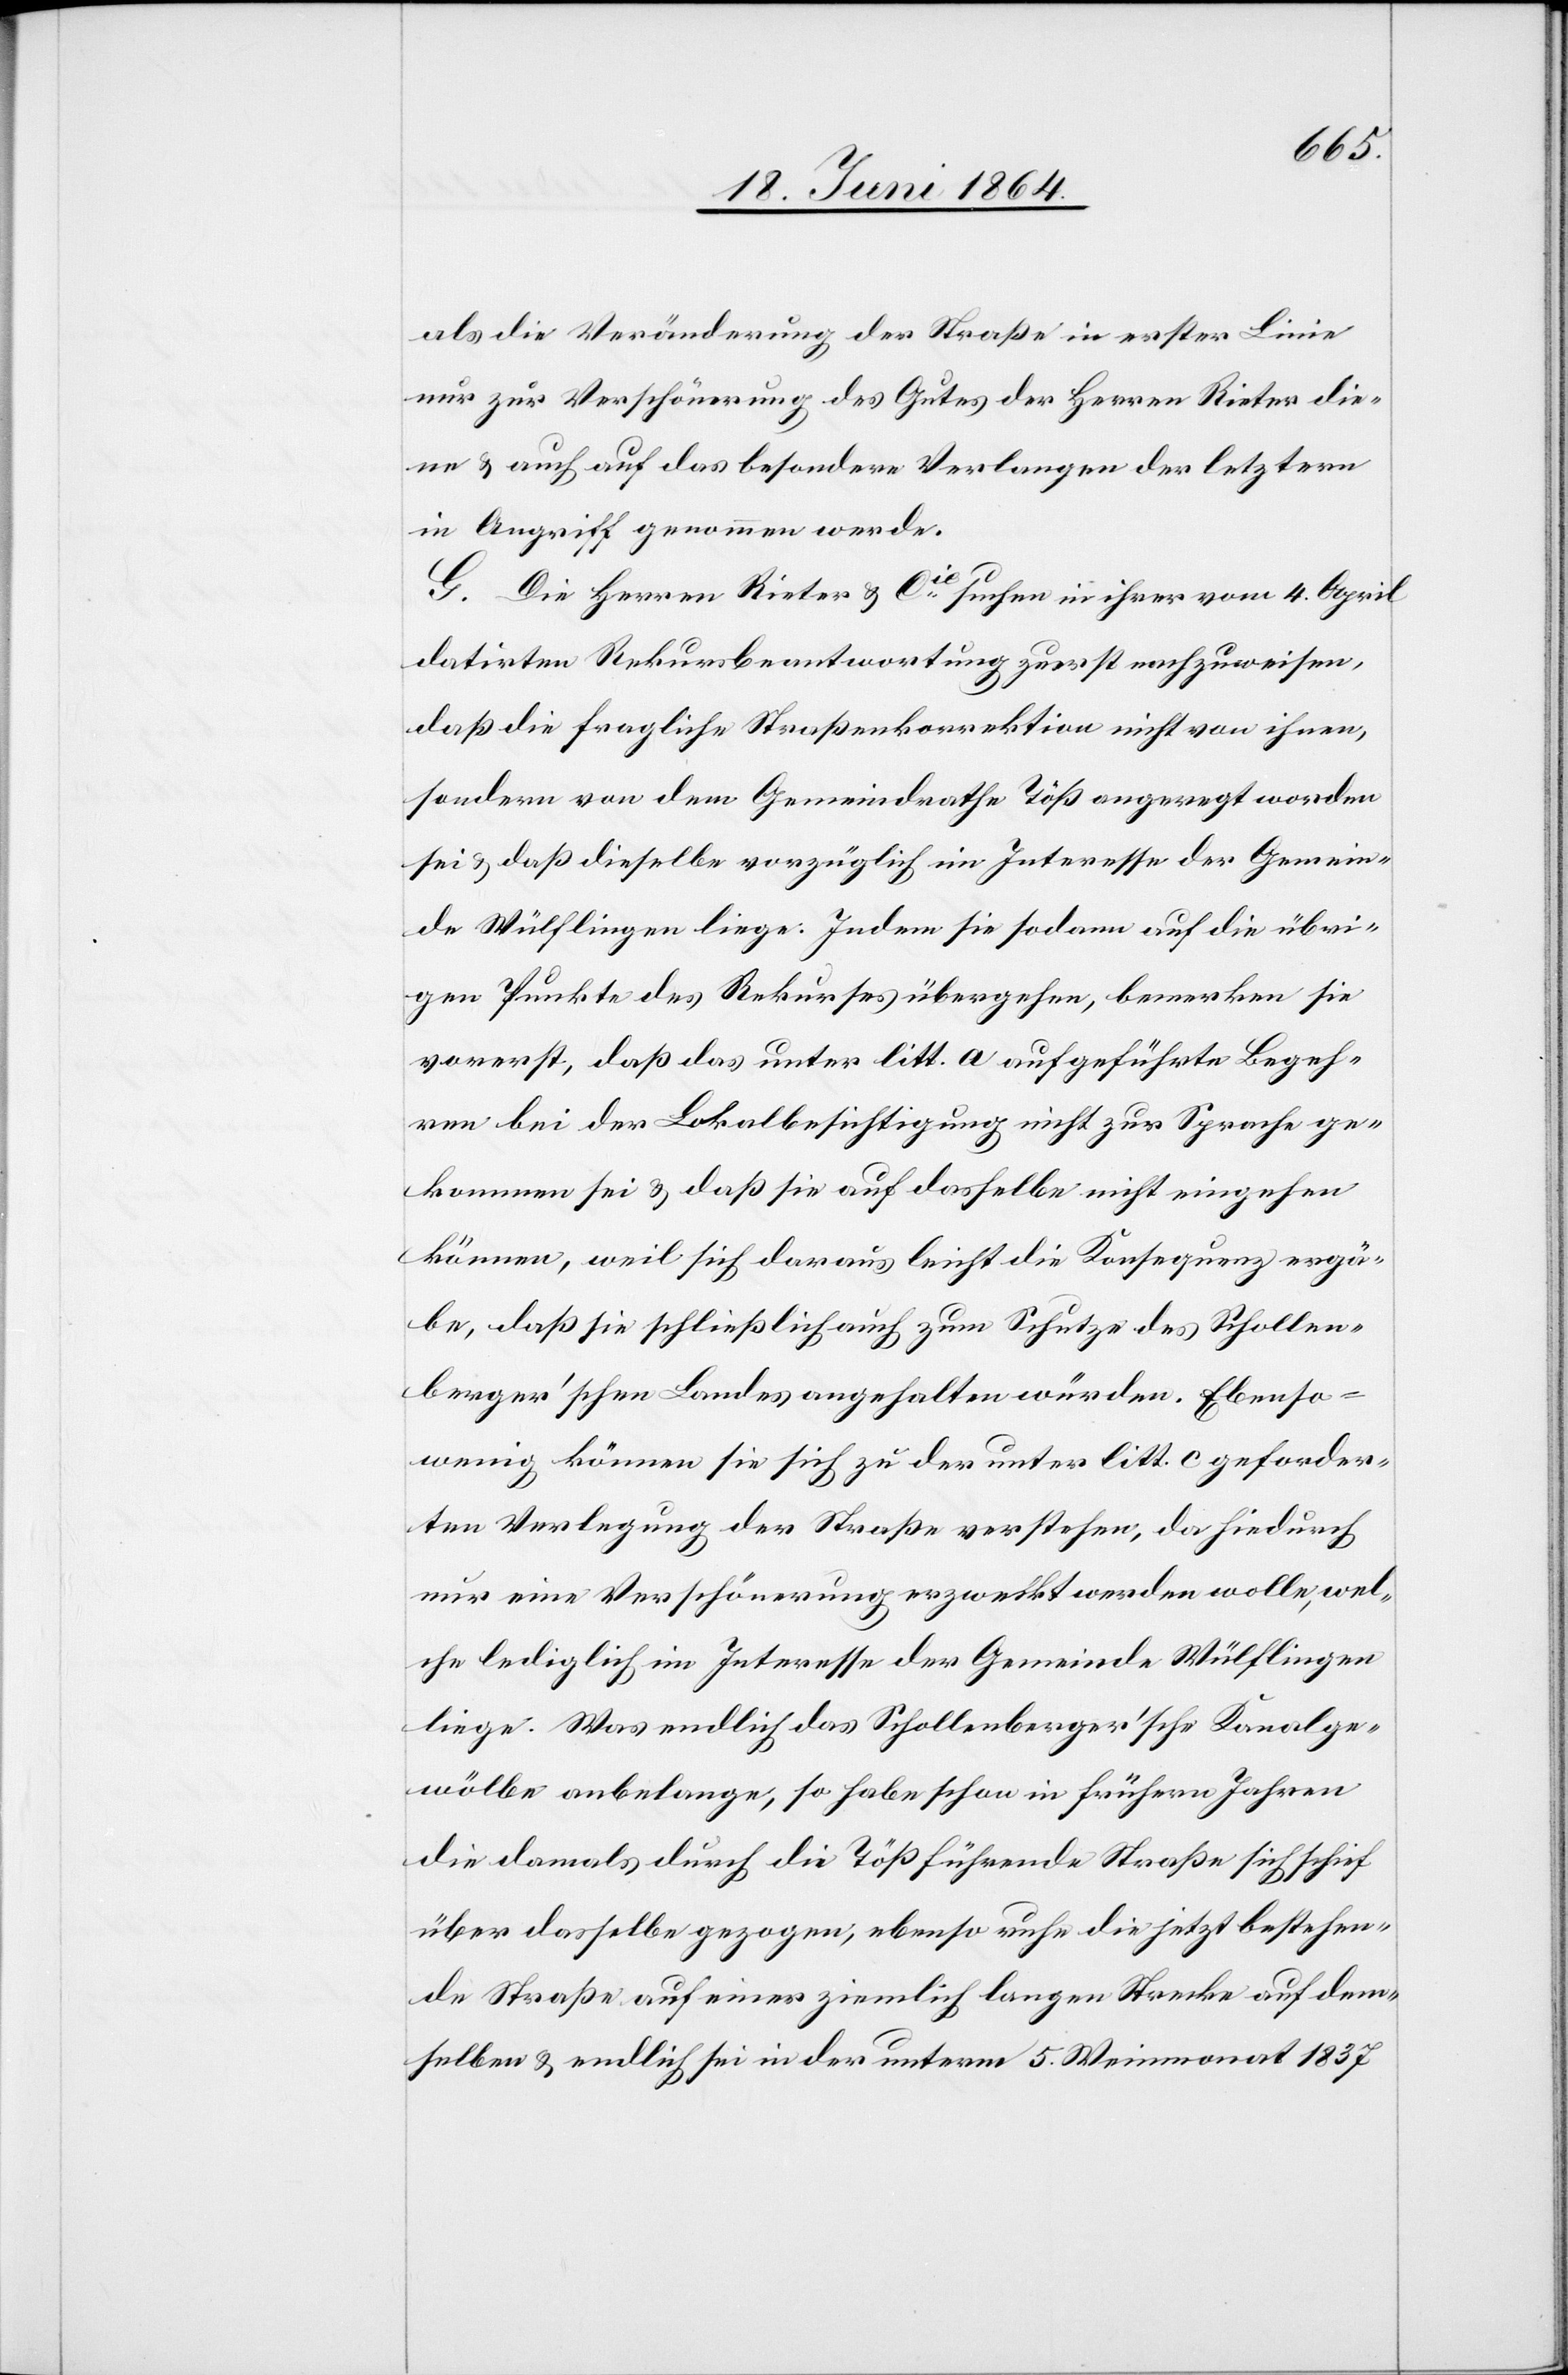
als die Veränderung der Straße in erster Linie
nur zur Verschönerung des Gutes der Herren Rieter die¬
ne u. auch auf das besondere Verlangen der letztern
in Angriff genommen werde.
G. Die Herren Rieter & Cie suchen in ihrer vom 4. April
datirten Rekursbeantwortung zuerst nachzuweisen,
daß die fragliche Straßenkorrektion nicht von ihnen,
sondern von dem Gemeindrathe Töß angeregt worden
sei u. daß dieselbe vorzüglich im Interesse der Gemein¬
de Wülflingen liege: Indem sie sodann auf die übri¬
gen Punkte des Rekurses übergehen, bemerken sie
vorerst, daß das unter litt. a aufgeführte Begeh¬
ren bei der Lokalbesichtigung nicht zur Sprache ge¬
kommen sei u. daß sie auf dasselbe nicht eingehen
können, weil sich daraus leicht die Konsequenz ergä¬
be, daß sie schließlich auch zum Schutze des Schollen¬
berger’schen Landes angehalten würden. Ebenso¬
wenig können sie sich zu der unter litt. c geforder¬
ten Verlegung der Straße verstehen, da hiedurch
nur eine Verschönerung erzweckt werden wolle, wel¬
che lediglich im Interesse der Gemeinde Wülflingen
liege. Was endlich das Schollenberger’sche Kanalge¬
wölbe anbelange, so habe schon in frühern Jahren
die damals durch die Töß führende Straße sich schief
über dasselbe gezogen, ebenso ruhe die bis jetzt bestehen¬
de Straße auf einer ziemlich langen Strecke auf dem¬
selben u. endlich sei in der unterm 5. Weinmonat 1837